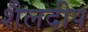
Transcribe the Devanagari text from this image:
शैलदीप